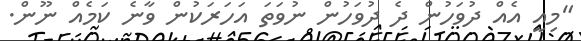
"މިއީ އެއް ދުވަހުން ދެ ދުވަހުން ނުވަތަ އަހަރަކުން ވާނެ ކަމެއް ނޫން.